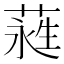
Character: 𮶭